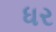
ધર